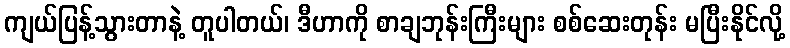
ကျယ်ပြန့်သွားတာနဲ့ တူပါတယ်၊ ဒီဟာကို စာချဘုန်းကြီးများ စစ်ဆေးတုန်း မပြီးနိုင်လို့